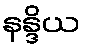
နန္ဒိယ